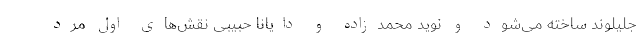
جلیلوند ساخته می‌شود و نوید محمدزاده و دایانا حبیبی نقش‌های اول مرد